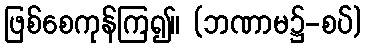
ဖြစ်စေကုန်ကြ၍။ (ဘဏာမ၌-စပ်)